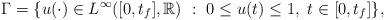
LaTeX: \begin{align*}\Gamma=\{u(\cdot)\in L^\infty([0,t_f],\mathbb{R})\ : \ 0\leq u(t)\leq 1,\ t \in [0, t_f] \},\end{align*}